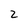
Character: 2